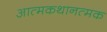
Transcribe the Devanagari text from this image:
आत्मकथानत्मक